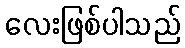
လေးဖြစ်ပါသည်